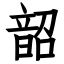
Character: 韶